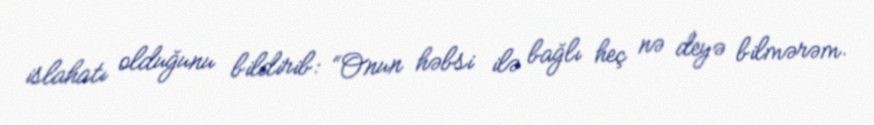
islahatı olduğunu bildirib: “Onun həbsi ilə bağlı heç nə deyə bilmərəm.